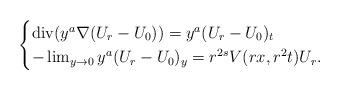
LaTeX: \begin{align*}\begin{cases}\operatorname{div}(y^a \nabla (U_r-U_0)) = y^a (U_r - U_0)_t\\ -\lim_{y \to 0} y^a (U_r - U_0)_y = r^{2s} V(rx, r^2t) U_r.\end{cases}\end{align*}